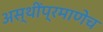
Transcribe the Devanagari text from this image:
अस्थींप्रमाणेच